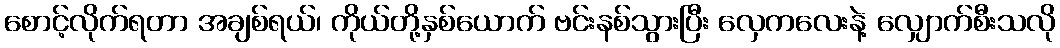
စောင့်လိုက်ရတာ အချစ်ရယ်၊ ကိုယ်တို့နှစ်ယောက် ဗင်းနစ်သွားပြီး လှေကလေးနဲ့ လျှောက်စီးသလို